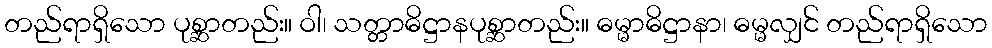
တည်ရာရှိသော ပုစ္ဆာတည်း။ ဝါ၊ သတ္တာဓိဋ္ဌာနပုစ္ဆာတည်း။ ဓမ္မာဓိဋ္ဌာနာ၊ ဓမ္မလျှင် တည်ရာရှိသော